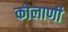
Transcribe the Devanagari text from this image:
कोलाणी